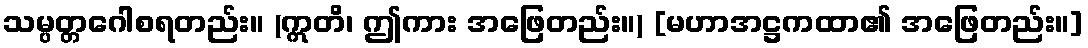
သမ္ပတ္တဂေါစရတည်း။ (ဣတိ၊ ဤကား အဖြေတည်း။) [မဟာအဋ္ဌကထာ၏ အဖြေတည်း။]